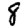
Digit: 8